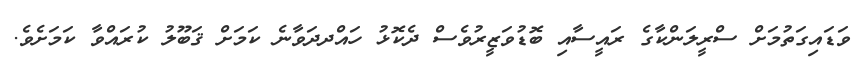
ވަޑައިގަތުމަށް ސްރީލަންކާގެ ރައީސާއި ބޮޑުވަޒީރުވެސް ދެކޮޅު ހައްދދަވާނެ ކަމަށް ޤަބޫލު ކުރައްވާ ކަމަށެވެ.